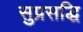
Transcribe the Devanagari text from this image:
सुप्रसद्धि